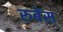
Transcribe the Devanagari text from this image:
रुबेंस